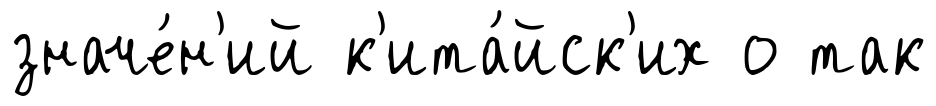
значе́н'ий к'ита́йск'их о так